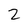
Character: z